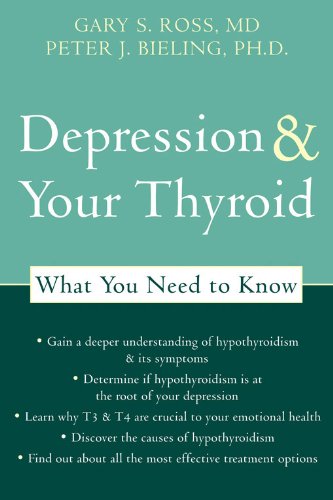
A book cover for Depression and Your Thyroid: What You Need to Know; Peter J. Bieling PhD; Health, Fitness & Dieting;